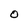
Character: O